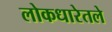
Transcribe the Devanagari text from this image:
लोकधारेतले